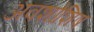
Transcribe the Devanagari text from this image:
अवशोशिष